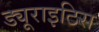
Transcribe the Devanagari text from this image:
ड्यूराइटिस